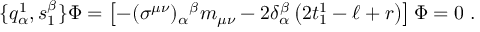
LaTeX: \{ q _ { \alpha } ^ { 1 } , s _ { 1 } ^ { \beta } \} \Phi = \left[ - ( \sigma ^ { \mu \nu } ) _ { \alpha } { } ^ { \beta } m _ { \mu \nu } - 2 \delta _ { \alpha } ^ { \beta } \left( 2 t _ { 1 } ^ { 1 } - \ell + r \right) \right] \Phi = 0 \; .